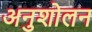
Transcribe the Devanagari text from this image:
अनुशोलन